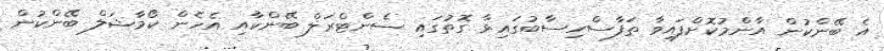
އެ ބޭންކުން އާންމުކޮށްފައިވާ ތަފާސްހިސާބުގައިވާ ގޮތުގައި ސެންޓްރަލް ބޭންކާއި އެހެން ކޯމާޝަލް ބޭންކުން